Vital statistics of India. Vol. IV, Annual returns from 1871 to 1876. British Army of India, Native Army and jails of Bengal
Year: 1871
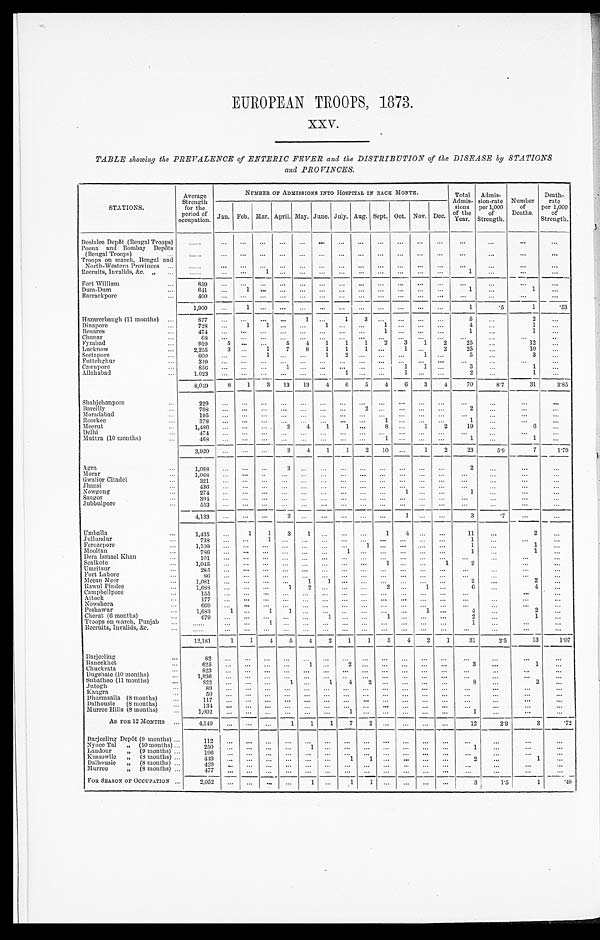
EUROPEAN TROOPS, 1873.
XXV.
TABLE showing the PREVALENCE of ENTERIC FEVER and the DISTRIBUTION of the DISEASE by STATIONS
and PROVINCES.
STATIONS,
Average
Strength
for the
period of
occupation.
NUMBER OF ADMISSIONS INTO HOSPITAL IN EACH MONTH.
Total
Admis-
sions
of the
Year.
Admis-
sion-rate
per 1,000
of
Strength.
Number
of
Deaths,
Death-
rate
per 1,000
of
Strength.
Jan. Feb. Mar. April. May. June. July. Aug. Sept. Oct. Nov. Dec.
Deolalee Depôt (Bengal Troops)
. . .
. . .
. . .
. . .
. . .
. . .
. . .
. . .
. . .. . .
. . .. . .
. . .
. . .
. . .
. . .
. . .
Poona and Bombay Depôts
(Bengal Troops) . . .
. . .
. . .
. . .
. . .
. . .
. . .
. . .
. . .
. . .
. . .
. . .
. . .
. . .
. . .
. . .
. . .
. . .
Troops on march, Bengal and
North-Western Provinces . . .
. . .
. . .
. . .
. . .
. . .
. . .
. . .
. . .
. . .
. . .
. . .
. . .
. . .
. . .
. . .
. . .
. . .
Recruits, Invalids, &c. " . . .
. . .
. . .
. . .
1
. . .
. . .
. . .
. . .
. . . . . .
. . . . . .
. . .
1
. . .
. . .
. . .
Fort William . . .
859
. . .
. . .
. . .
. . .
. . .
. . .
. . .
. . . . . .
. . .
. . .
. . .
. . .
. . .
. . .
. . .
Dum-Dum . . .
641
. . .
1
. . .
. . .
. . .
. . .
. . .
. . . . . .
. . . . . .
. . .
1
. . .
1
. . .
Barrackpore . . .
4 0 0
. . .
. . .
. . .
. . .
. . .
. . .
. . .
. . .
. . .
. . .
. . .
. . .
. . .
. . .
. . .
. . .
1,900
. . .
1
. . .
. . .
. . .
. . .
. . .
. . . . . .
. . . . . .
. . .
1
. 5
1
.53
Hazareebaugh (11 months) . . .
8 7 7
. . .
. . .
. . .
. . .
1
. . .
1
3
. . .
. . . . . .
. . .
5
. . .
2
. . .
Dinapore . . .
728
. . .
1
1
. . .
. . .
1
. . .
. . . 1
. . . . . .
. . .
4
. . .
1
. . .
Benares . . .
4 7 4
. . .
. . .
. . .
. . .
. . .
. . .
. . .
. . .
1
. . . . . .
. . .
1
. . .
1
. . .
Chunar . . .
6 8
. . .
. . .
. . .
. . .
. . .
. . .
. . .
. . .
. . .
. . .
. . .
. . .
. . .
. . .
. . .
. . .
Fyzabad . . .
919
5
. . .
. . .
5
4
1
1
1
2
3
1
2
25
. . .
12
. . .
Lucknow . . .
2,255
3
. . .
1
7
8
1
1
1
. . .
1
. . .
2
25
. . .
10
. . .
Scetapore . . .
600
. . .
. . .
1
. . .
. . .
1
2
. . . . . .
. . .
1
. . .
5
. . .
3
. . .
Futtehghur . . .
319
. . .
. . .
. . .
. . .
. . .
. . .
. . .
. . . . . .
. . . . . .
. . .
. . .
. . .
. . .
. . .
Cawnpore . . .
856
. . .
. . .
. . .
1
. . .
. . .
. . .
. . . . . .
1
1
. . .
3
. . .
1
. . .
Allahabad . . .
1,023
. . .
. . .
. . .
. . .
. . .
. . .
1
. . . . . .
1 . . .
. . .
2
. . .
1
. . .
8,049
8
1
3
13
13
4
6
5
4
6
3
4
70
8.7
31
3.85
Shahjehanpore . . .
229
. . .
. . .
. . .
. . .
. . .
. . .
. . .
. . .
. . .
. . .
. . .
. . .
. . .
. . .
. . .
. . .
Bareilly . . .
768
. . .
. . . . . .
. . .
. . .
. . .
. . .
2
. . .
. . . . . .
. . .
2
. . .
. . .
. . .
Moradabad . . .
195
. . .
. . .
. . .
. . .
. . .
. . .
. . .
. . .
. . .
. . .
. . .
. . .
. . .
. . .
. . .
. . .
Roorkee . . .
3 7 8
. . .
. . . . . .
. . .
. . .
. . .
. . .
. . . 1
. . .
. . .
. . .
1
. . .
. . .
. . .
Meerut . . .
1,486
. . .
. . .
. . .
2
4
1
1
. . .
8
. . .
1
2
19
. . .
6
. . .
Delhi . . .
4 7 4
. . .
. . . . . .
. . .
. . .
. . .
. . .
. . . . . .
. . . . . .
. . .
. . .
. . .
. . .
. . .
Muttra (10 months) . . .
468
. . .
. . .
. . .
. . .
. . .
. . .
. . .
. . .1
. . .
. . .
. . .
1
. . .
1
. . .
3,920
. . .
. . .
. . .
2
4
1
1
2
10
. . .
1
2
23
5.9
7
1.79
Agra . . .
1,088
. . .
. . .
. . .
2
. . .
. . .
. . .
. . .. . .
. . .
. . .
. . .
2
. . .
. . .
. . .
Morar . . .
1,068
. . .
. . .
. . .
. . .
. . .
. . .
. . .
. . .
. . .
. . .
. . .
. . .
. . .
. . .
. . .
. . .
Gwalior Citadel . . .
3 2 1
. . . . . .
. . .
. . .
. . .
. . .
. . .
. . .
. . .
. . .
. . .
. . .
. . .
. . .
. . .
. . .
Jhansi . . .
436
. . .
. . . . . .
. . .
. . .
. . .
. . .
. . .
. . .
. . .
. . .
. . .
. . .
. . .
. . .
. . .
Nowgong . . .
274
. . . . . .
. . .
. . .
. . .
. . .
. . .
. . . . . .
1
. . .
. . .
1
. . .
. . .
. . .
Saugor . . .
394
. . .
. . . . . .
. . .
. . .
. . .
. . .
. . . . . .
. . .
. . .
. . .
. . .
. . .
. . .
. . .
Jubbulpore . . .
553
. . . . . .
. . .
. . .
. . .
. . .
. . .
. . .
. . .
. . .
. . .
. . .
. . .
. . .
. . .
. . .
4,133
. . .
. . .
. . .
2
. . .
. . . . . .
. . .. . .
1
. . .
. . .
3
.7
. . .
. . .
Umballa . . .
1,435
. . .
1
1
3
1
. . .
. . .
. . .
1
4
. . .
. . .
11
. . .
2
. . .
Jullundur . . .
738
. . .
. . .
1
. . .
. . .
. . .
. . .
. . .
. . .
. . .
. . .
. . .
1
. . .
. . .
. . .
Ferozepore . . .
1,109
. . .
. . .
. . .
. . .
. . .
. . .
. . .
1
. . .
. . .
. . .
1
. . .
1
. . .
M ooltan . . .
786
. . .
. . .
. . .
. . .
. . .
. . .
1
. . .
. . .
. . .
. . .
. . .
1
. . .
1
. . .
Dera Ismael Khan . . .
1 0 1
. . .
. . .
. . .
. . .
. . .
. . .
. . .
. . .
. . .
. . .
. . . . . .
. . .
. . .
. . .
. . .
Sealkote . . .
1 , 0 4 5
. . .
. . .
. . .
. . .
. . .
. . .
. . .
. . .
1
. . .
. . .
1
2
. . .
. . .
. . .
Umritsur . . .
2 8 5
. . .
. . .
. . .
. . .
. . .
. . .
. . .
. . .
. . .
. . .
. . .
. . .
. . .
. . .
. . .
. . .
Fort Lahore . . .
8 6
. . .
. . .
. . .
. . .
. . .
. . .
. . .
. . .
. . .
. . .
. . . . . .
. . .
. . .
. . .
. . .
Meean Meer . . .
1,081
. . .
. . .
. . .
. . .
1
1
. . .
. . .
. . .
. . .
. . .
. . .
2
. . .
2
. . .
Rawul Pindee . . .
1,688
. . .
. . .
. . .
1
2
. . .
. . .
. . .
2
. . .
1
. . .
6
. . .
4
. . .
Campbellpore . . .
1 5 5
. . .
. . .
. . .
. . .
. . .
. . .
. . .
. . .
. . .
. . .
. . .
. . .
. . .
. . .
. . .
. . .
Attock . . .
177
. . .
. . .
. . .
. . .
. . .
. . .
. . .
. . .
. . .
. . .
. . .
. . .
. . .
. . .
. . .
. . .
Nowshera . . .
669
. . .
. . .
. . .
. . .
. . .
. . .
. . .
. . .
. . .
. . .
. . .. . .
. . .
. . .
. . .
. . .
Peshawur . . .
1,683
1
. . .
1
1
. . .
. . .
. . .
. . .
. . .
. . .
1
. . .
4
. . .
2
. . .
Cherat (6 months) . . .
679
. . .
. . .
. . .
. . .
. . .
1
. . .
. . .
1
. . .
. . .
. . .
2
. . .
1
. . .
Troops on march, Punjab . . .
. . .
. . .
. . .
1
. . .
. . .
. . .
. . .
. . .
. . .
. . .
. . .. . .
1
. . .
. . .
. . .
Recruits, Invalids,&c. . . .
. . .
. . .
. . .
. . .
. . .
. . .
. . .
. . .
. . .
. . .
. . .
. . .
. . .
. . .
. . .
. . .
. . .
12,181
1
1
4
5
4
2
1
1
5
4
2
1
31
2.5
13
1.07
Darjeeling . . .
82
. . .
. . .
. . .
. . .
. . .
. . .
. . .
. . .
. . .
. . .
. . .
. . .
. . .
. . .
. . .
. . .
Raneekhet . . .
625
. . .. . .
. . .
. . .
1
. . .
2
. . .
. . .
. . .
. . .
. . .
3
. . .
1
. . .
Chuckrata . . .
823
. . . . . .
. . .
. . .
. . .
. . .
. . .
. . .
. . .
. . .
. . .
. . .
. . .. . .
. . .
. . .
Dugshaie (10 months) . . .
1 , 0 3 6
. . .. . .
. . .
. . .
. . .
. . .
. . .
. . .
. . .
. . .
. . .
. . .
. . .
. . .
. . .
. . .
Subathoo (11 months) . . .
8 2 2
. . . . . .
. . .
1
. . .
1
4
2
. . .
. . .
. . .
. . .
8
. . .
2
. . .
J ut ogh . . .
8 9
. . .. . .
. . .
. . .
. . .
. . .
. . .
. . .
. . .
. . .
. . .
. . .
. . .
. . .
. . .
. . .
Kangr a . . .
5 0
. . .. . .
. . .
. . .
. . .
. . .
. . .
. . .
. . .
. . .
. . .
. . .
. . .
. . .
. . .
. . .
Dhurmsalla (8 months). . .
117
. . .. . .
. . .
. . .
. . .
. . .
. . .
. . .
. . .
. . .
. . .
. . .
. . . . . .
. . .
. . .
Dalhousie (8 months) . . .
1 3 4
. . . . . .
. . .
. . .
. . .
. . .
. . .
. . .
. . .
. . .
. . .
. . .
. . .
. . .
. . .
. . .
Murree Hills (8 months) . . .
1 , 0 0 2
. . .. . .
. . .
. . .
. . .
. . .
1
. . .
. . .
. . .
. . .
. . .
1
. . .
. . .
. . .
As FOR 12 MONTHS . . .
4 , 1 4 9
. . . . . .
. . .
1
1
1
7
2
. . .
. . .
. . .
. . .
12
2.9
3
.72
Darjeeling Depôt (9 months) . . .
1 1 2
. . .
. . .
. . .
. . .
. . .
. . .
. . .
. . .
. . .
. . .
. . .
. . .
. . .
. . .
. . .
. . .
Nynee Tal " (10 months) . . .
250
. . .
. . .
. . .
. . .
1
. . .
. . .
. . .
. . .
. . .
. . .
. . .
1
. . .
. . . . . .
Landour " (9 months) . . .
1 9 6
. . .
. . .
. . .
. . .
. . .
. . .
. . .
. . .
. . .
. . .
. . .
. . .
. . .
. . .
. . .
. . .
Kussowlie " (8 months) . . .
4 4 9
. . .
. . .
. . .
. . .
. . .
. . .
1
1
. . .
. . .
. . .
. . .
2
. . .
1
. . .
Dalhousie " (8 months) . . .
429
. . .
. . .
. . .
. . .
. . .
. . .
. . .
. . .
. . .
. . .
. . .
. . .
. . .
. . .
. . .
. . .
Murree " (8 months) . . .
477
. . .
. . .
. . .
. . .
. . .
. . .
. . .
. . .
. . .
. . .
. . .
. . .
. . .
. . .
. . .
. . .
FOR SEASON OF OCCUPATION . . .
2 , 0 5 2
. . .
. . .. . .
. . .
1
. . .
1
1
. . .. . .
. . .
. . .
3
1.5
1
.49